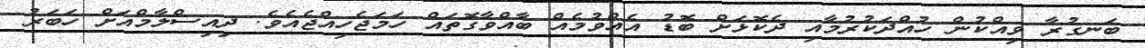
ބަނގުރާ ވިއްކުން ހުއްދަކުރުމާއި ދެކޮޅަށް ބޮޑު އެއްވުމެއް ބާއްވާގޮތައް ހަމަޖެހިއްޖެއެވެ. ދިއިސްލާމްއަށް ހަބަރު